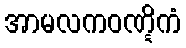
အာမလကဝဏ္ဋိကံ